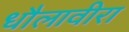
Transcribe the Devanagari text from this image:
धौलावीरा